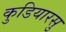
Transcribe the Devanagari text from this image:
कुडियारसु